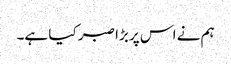
ہم نے اس پر بڑا صبر کیا ہے۔